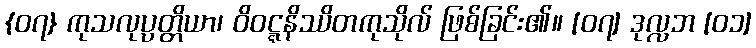
{၀၇} ကုသလုပ္ပတ္တိယာ၊ ဝိဝဋ္ဋနိဿိတကုသိုလ် ဖြစ်ခြင်း၏။ [၀၇] ဒုလ္လဘ [၀၁]